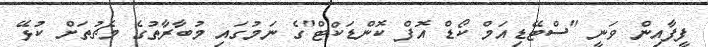
ފީފާއިން ވަނީ "ސްޓޭޑިއަމް ކޯޑް އޮފް ކޮންޑަކްޓް"ގެ ނަމުގައި މުބާރާތުގެ މެޗުތަށް ކުޅޭ